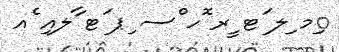
ިމ ިލ ަޓ ީރ ޮހ ްސ ިޕ ަޓ ާލއި ެއ